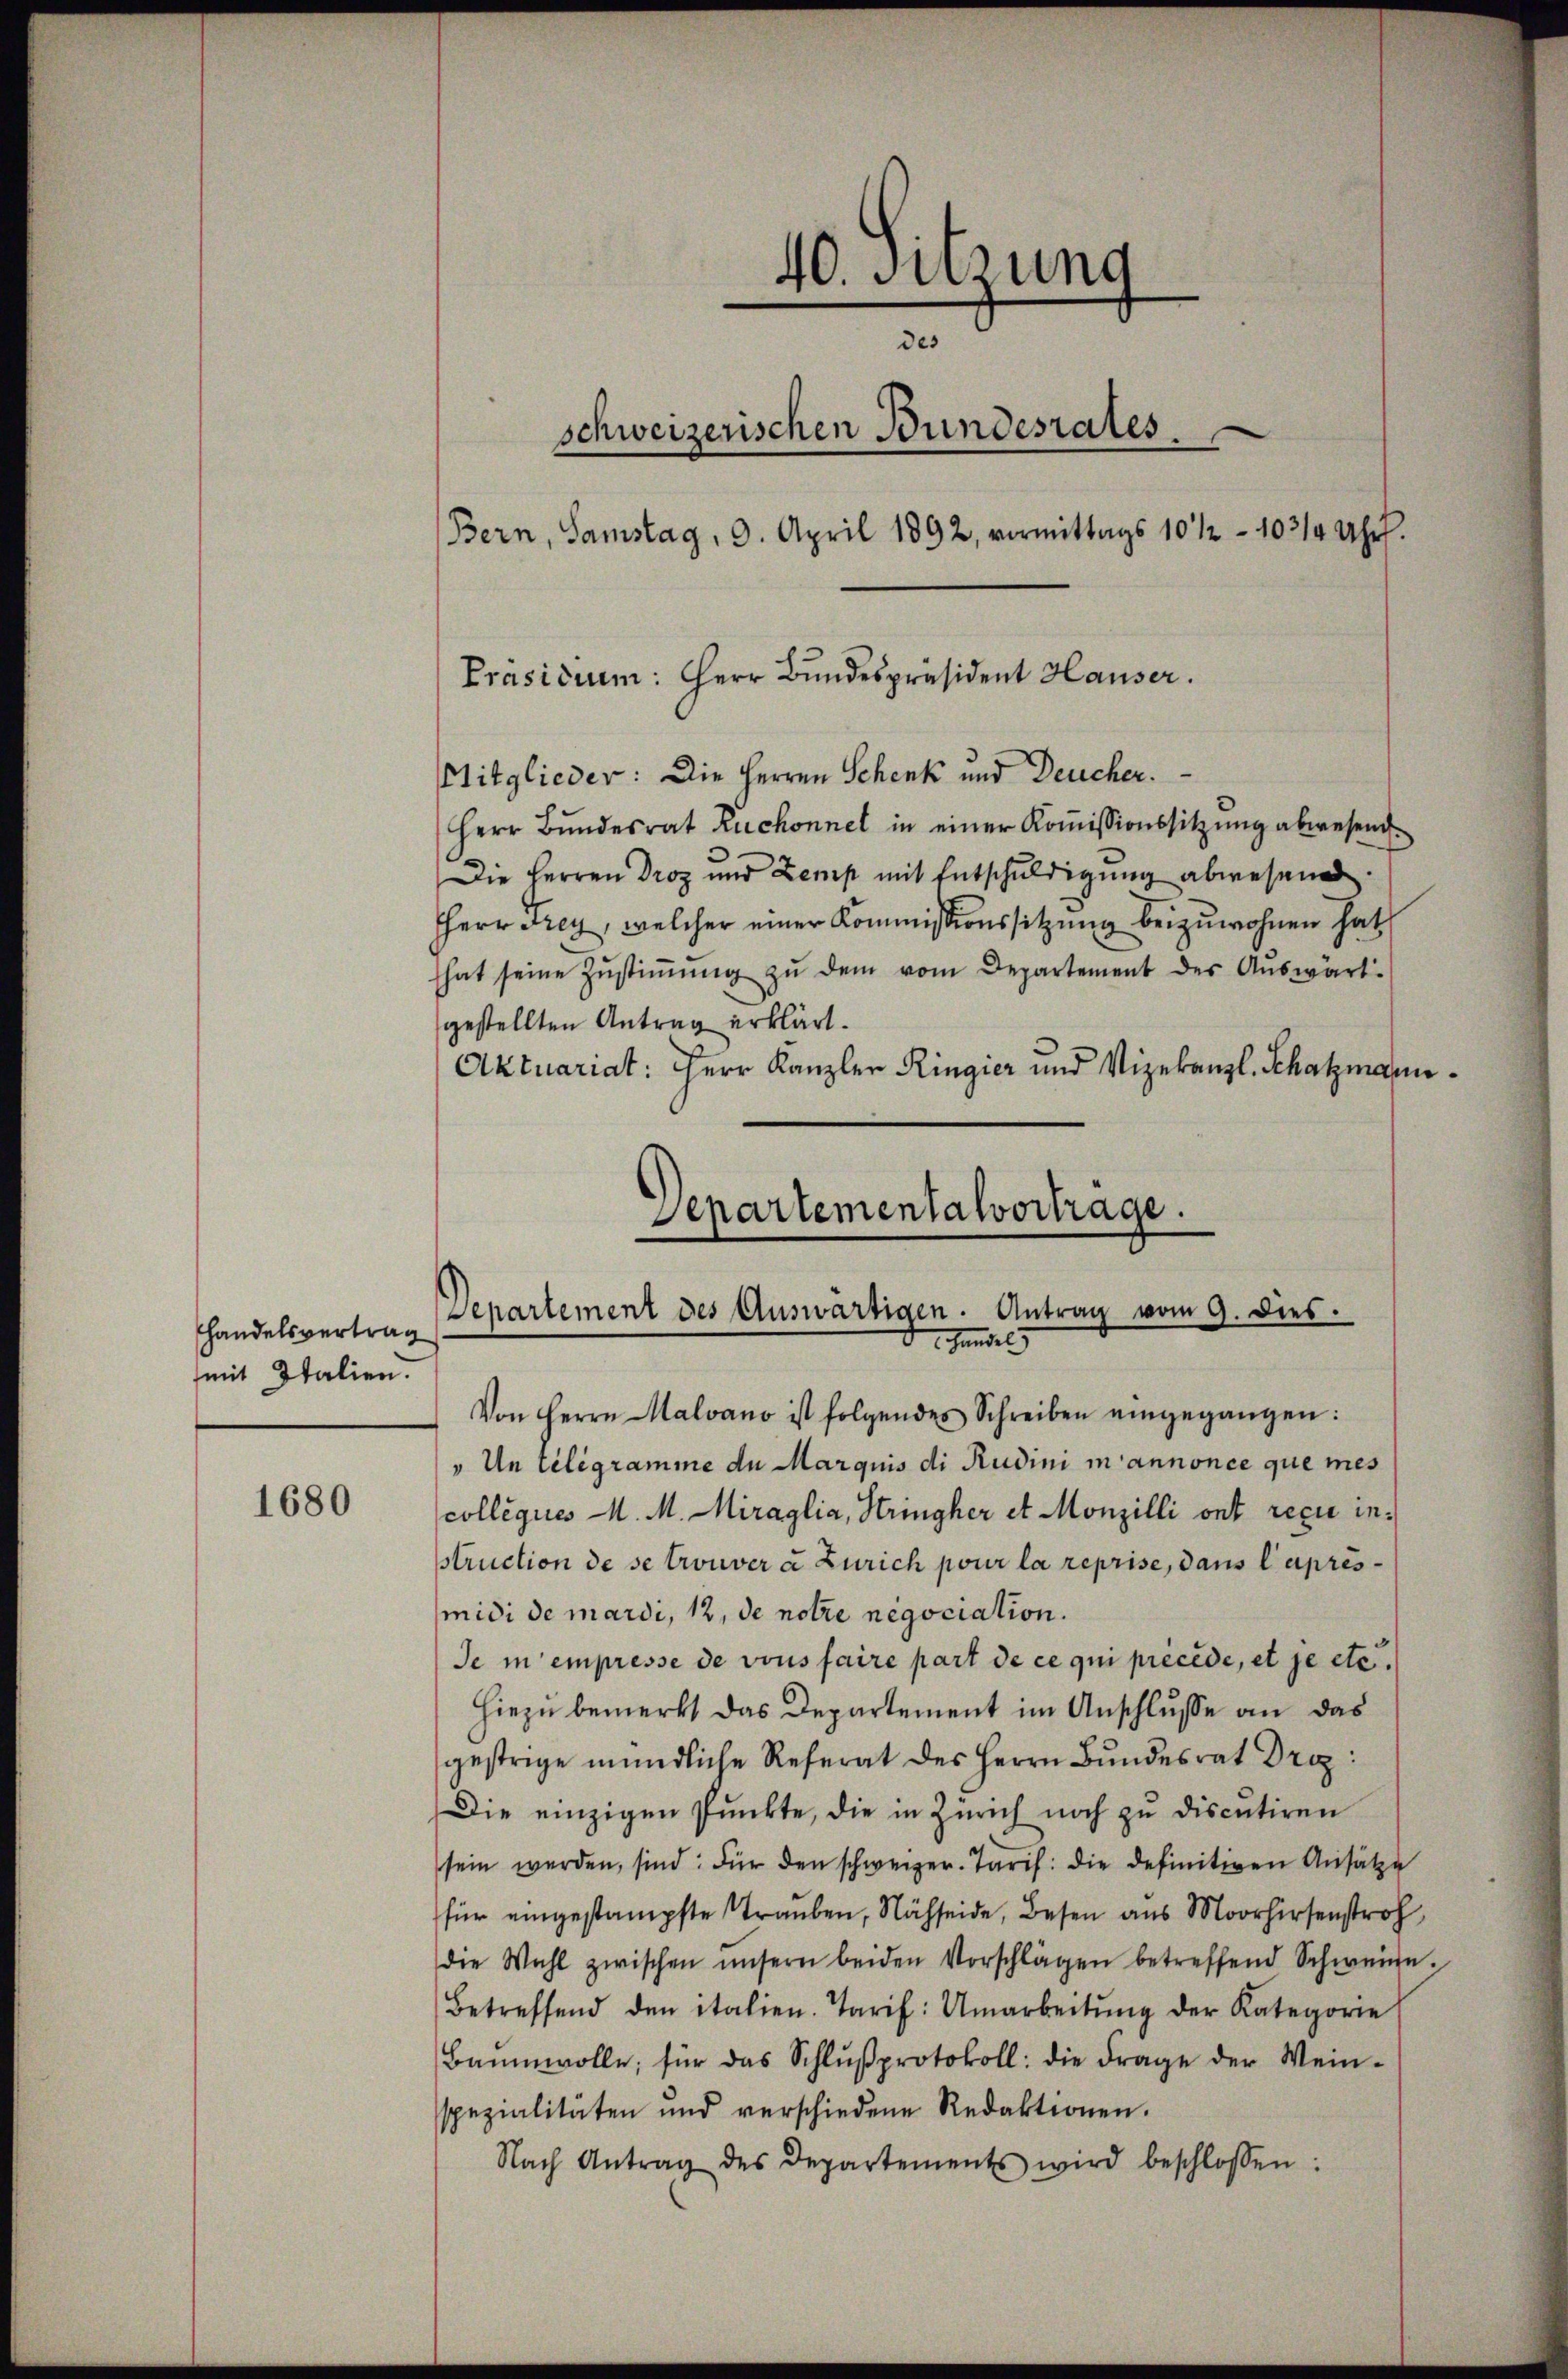
Handelsvertrag
mit Italien.

1680

40. Sitzung
des
schweizerischen Bundesrates
Bern, Samstag, 9. April 1892, vormittags 10 1/2 - 103/4 Uhr.

Mitglieder: Die Herren Schenk und Deucher.
Herr Bundesrat Ruchonnel in einer Koṁissionssitzung abwesend
Die Herren Droz und Zemp mit Entschŭldigŭng abwesene
HHerr Frey, welcher einer Kommissionssitzung beizuwohnen hat,
hat seine Zŭstiṁŭng zŭ dem vom Departement der Auswärt
gestellten Antrag erklärt.
Aktuariat: Herr Kanzler Ringier und Vizekanzl. Schatzmann¬

Präsidium: Herr Bundespräsident Hauser.

Separtementalvertrage.
Departement des Auswärtigen. Antrag vom 9. dies.
Handels

Von Herrn Malvano ist folgendes Schreiben eingegangen:
"Un telegramme de Marquis di Rudini in annonce que mes
colleques M. M. Miraglia, Stringher et Monzilli ont reçu instruction de se trouver à Zürich pour la reprise, dans l’aprèsmidi de mardi, 12, de notre negociation.
Je in empresse de vous faire part de ce qui précédé, et je etc.
Hiezu bemerkt das Departement im Anschlusse an das
gestrige mündliche Referat des Herrn Bundesrat Droz.
Die einzigen Punkte, die in Zürich noch zu discutiren
sein werden, sind: Für den schweizer. Tarif: die definitiven Ansätze
für eingestampfte Trauben, Nächseide, Besen aus Morienstr
die Wahl zwischen unsern beiden Vorschlägen betreffend Schweine.
Betreffend den italien. Tarif: Umarbeitŭng der Kategorie
Baumwolle, für das Schlŭβprotokoll: die Frage der Wein-
spezialitäten und verschiedene Redaktionen.
Nach Antrag des Departements wird beschlossen: